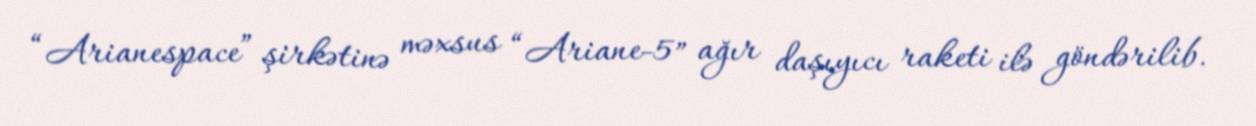
“Arianespace” şirkətinə məxsus “Ariane-5″ ağır daşıyıcı raketi ilə göndərilib.